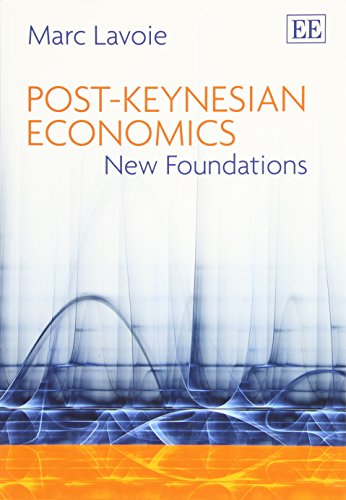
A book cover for Post-Keynesian Economics: New Foundations; Marc Lavoie; Business & Money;